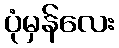
ပုံမှန်လေး